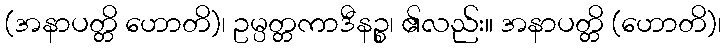
(အနာပတ္တိ ဟောတိ)၊ ဥမ္ပတ္တကာဒီနဉ္စ၊ ၏လည်း။ အနာပတ္တိ (ဟောတိ)၊